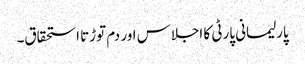
پارلیمانی پارٹی کا اجلاس اور دم توڑتا استحقاق۔